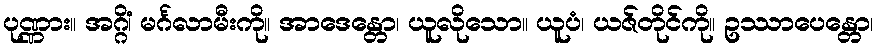
ပုဏ္ဏား။ အဂ္ဂိံ၊ မင်္ဂလာမီးကို။ အာဒေန္တော၊ ယူလိုသော။ ယူပံ၊ ယဇ်တိုင်ကို။ ဥဿာပေန္တော၊